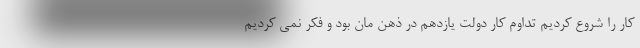
کار را شروع کردیم تداوم کار دولت یازدهم در ذهن مان بود و فکر نمی کردیم